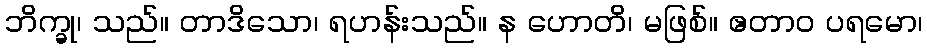
ဘိက္ခု၊ သည်။ တာဒိသော၊ ရဟန်းသည်။ န ဟောတိ၊ မဖြစ်။ ဧတာဝ ပရမော၊